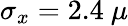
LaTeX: \sigma_{x}=2.4\ \mu